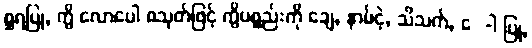
စ္ဆရပြု, ကွိ လောပေါ စသုတ်ဖြင့် ကွိပစ္စည်းကို ချေ, နာမ်ငဲ့, သိသက်, ေ-ါ ပြု,